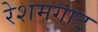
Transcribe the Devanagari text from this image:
रेशमगाठ